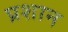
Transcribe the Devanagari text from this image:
प्रशान